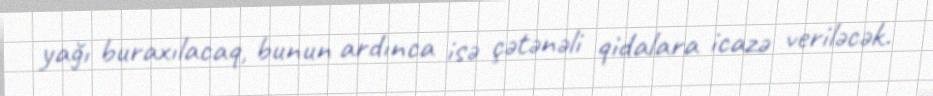
yağı buraxılacaq, bunun ardınca isə çətənəli qidalara icazə veriləcək.